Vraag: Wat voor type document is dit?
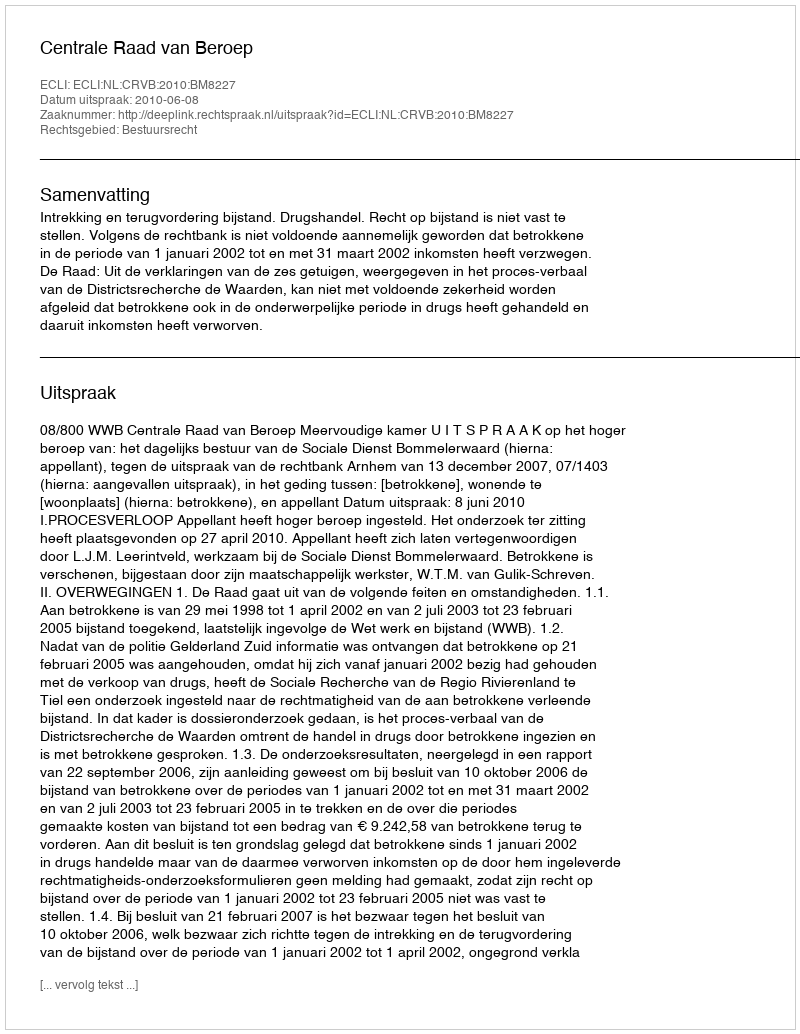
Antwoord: Uitspraak